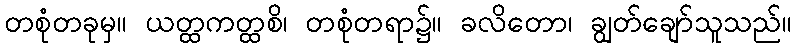
တစုံတခုမှ။ ယတ္ထကတ္ထစိ၊ တစုံတရာ၌။ ခလိတော၊ ချွတ်ချော်သူသည်။